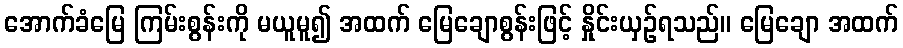
အောက်ခံမြေ ကြမ်းစွန်းကို မယူမူ၍ အထက် မြေချောစွန်းဖြင့် နှိုင်းယှဉ်ရသည်။ မြေချော အထက်